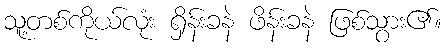
သူ့တစ်ကိုယ်လုံး ရှိန်းခနဲ ဖိန်းခနဲ ဖြစ်သွား၏။